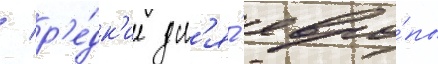
/ р'е́дк'ие дл'я́ евро́пы